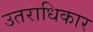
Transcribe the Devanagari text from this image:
उतराधिकार